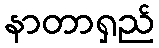
နာတာရှည်